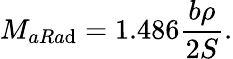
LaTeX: M_{aRa\mathrm{d}}=1.486\frac{{b\rho}}{{2S}}.